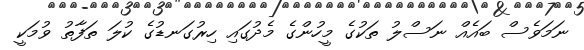
ނަމަވެސް ބައެއް ނަސްލު ތަކުގެ މީހުންގެ މެދުގައި ހިރުގަނޑުގެ ކުލަ ތަފާތު ވުމަކީ